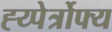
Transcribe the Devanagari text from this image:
ह्य्पेर्त्रोफ्य